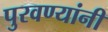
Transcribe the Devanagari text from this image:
पुरवण्यांनी